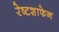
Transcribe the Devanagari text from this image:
रेष्टशाफेन